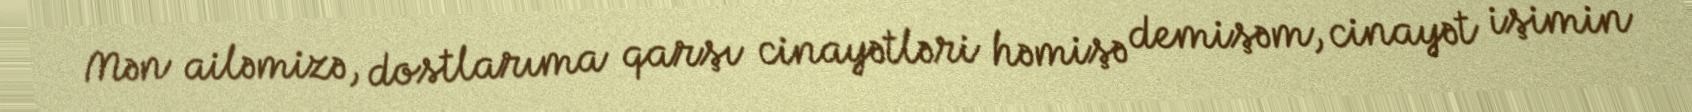
Mən ailəmizə, dostlarıma qarşı cinayətləri həmişə demişəm, cinayət işimin